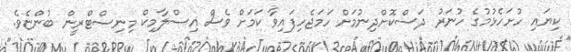
ކިޔައި ހުށަހެޅުމުގެ ހުނަރު ދަސްކޮށްދިނުމަށް ހަމަޖެހިފައިވާ ކަމަށް ވެސް އިސްލާމިކް މިނިސްޓްރީން ބުންޏެވެ.